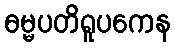
ဓမ္မပတိရူပကေန